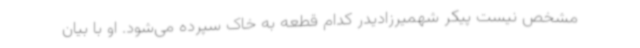
مشخص نیست پیکر شهمیرزادیدر کدام قطعه به خاک سپرده می‌شود. او با بیان